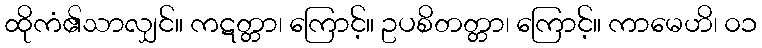
ထိုကံ၏သာလျှင်။ ကဋတ္တာ၊ ကြောင့်။ ဥပစိတတ္တာ၊ ကြောင့်။ ကာမေဟိ၊ ၀၁